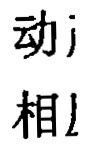
动j
相l